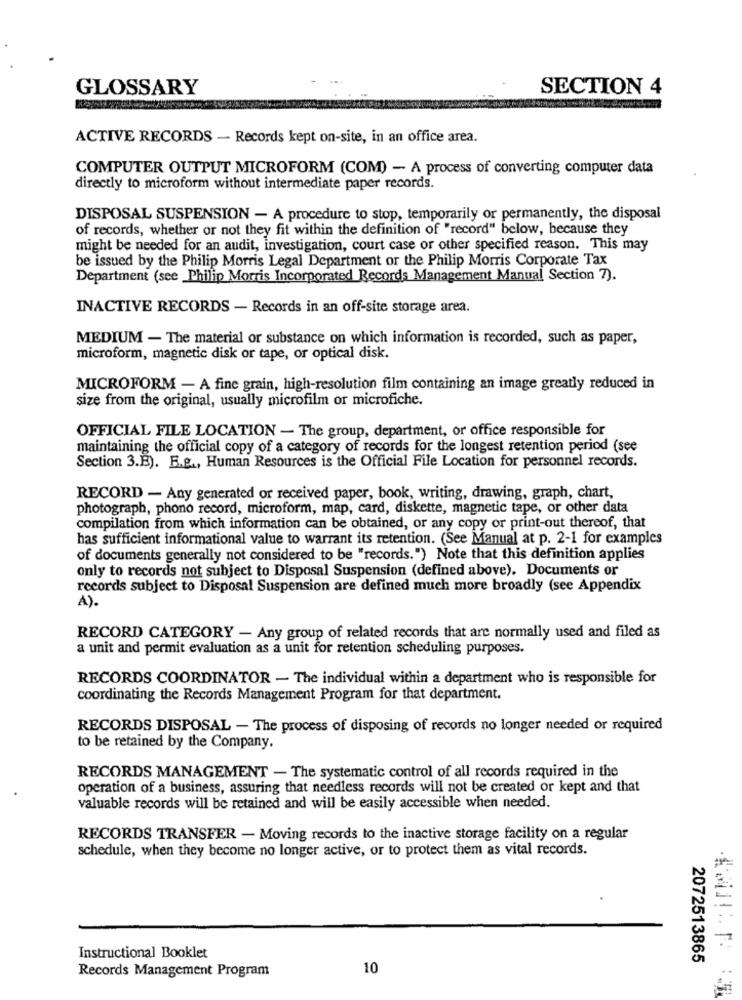
GLOSSARY
SECTION 4
ACTIVE RECORDS - Records kept on-site, in an office area.
COMPUTER OUTPUT MICROFORM (COM) - A process of converting computer data
directly to microform without intermediate paper records.
DISPOSAL SUSPENSION - A procedure to stop, temporarily or permanently, the disposal
of records, whether or not they fit within the definition of "record" below, because they
might be needed for an audit, investigation, court case or other specified reason. This may
be issued by the Philip Morris Legal Department or the Philip Morris Corporate Tax
Department (see Philip Morris Incorporated Records Management Manual Section 7).
INACTIVE RECORDS - Records in an off-site storage area.
MEDIUM - The material or substance on which information is recorded, such as paper,
microform, magnetic disk or tape, or optical disk.
MICROFORM - A fine grain, high-resolution film containing an image greatly reduced in
size from the original, usually microfilm or microfiche.
OFFICIAL FILE LOCATION - The group, department, or office responsible for
maintaining the official copy of a category of records for the longest retention period (see
Section 3.B). E.g ., Human Resources is the Official File Location for personnel records.
RECORD - Any generated or received paper, book, writing, drawing, graph, chart,
photograph, phono record, microform, map, card, diskette, magnetic tape, or other data
compilation from which information can be obtained, or any copy or print-out thereof, that
has sufficient informational value to warrant its retention. (See Manual at p. 2-1 for examples
of documents generally not considered to be "records.") Note that this definition applies
only to records not subject to Disposal Suspension (defined above). Documents or
records subject to Disposal Suspension are defined much more broadly (see Appendix
A).
RECORD CATEGORY - Any group of related records that are normally used and filed as
a unit and permit evaluation as a unit for retention scheduling purposes.
RECORDS COORDINATOR - The individual within a department who is responsible for
coordinating the Records Management Program for that department.
RECORDS DISPOSAL - The process of disposing of records no longer needed or required
to be retained by the Company.
RECORDS MANAGEMENT - The systematic control of all records required in the
operation of a business, assuring that needless records will not be created or kept and that
valuable records will be retained and will be easily accessible when needed.
RECORDS TRANSFER - Moving records to the inactive storage facility on a regular
schedule, when they become no longer active, or to protect them as vital records.
. ..
Instructional Booklet
2072513865
10
Records Management Program